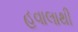
હવાલાથી